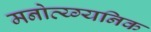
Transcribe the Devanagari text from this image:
मनोव्य्ग्यनिक